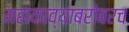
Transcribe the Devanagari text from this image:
महाकाव्याबरोबरच